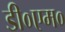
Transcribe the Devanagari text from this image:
डी०एम०